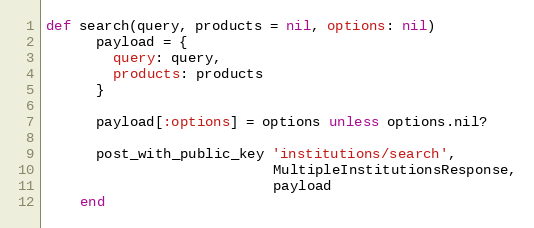
Language: Ruby
def search(query, products = nil, options: nil)
      payload = {
        query: query,
        products: products
      }

      payload[:options] = options unless options.nil?

      post_with_public_key 'institutions/search',
                           MultipleInstitutionsResponse,
                           payload
    end